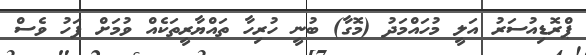
ޕްރޮޑިއުސަރު އަލީ މުހައްމަދު (މޮގާ) ބުނީ ހުރިހާ ތައްޔާރީތަކެއް ވުމަށް ފަހު ވެސް